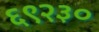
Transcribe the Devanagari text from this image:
६९२३०